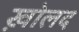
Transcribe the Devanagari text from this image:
ख़ोलद